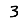
Digit: 3